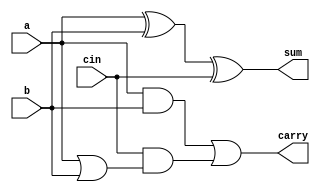
// This program was cloned from: https://github.com/clowdur/HPAM_mul8
// License: MIT License

// Full Adder
// synthesizable
// Oliver Huang and Jared Yoder

module FA (output carry, output sum, input a, input b, input cin);

    // instantiating sum and carry primitives
    assign carry = (a & b) | (cin & (a | b));
    assign sum = (a ^ b ^ cin);
endmodule


// primitive carryOut (output Cout, input A, input B, input Cin);

//     // Truth Table for carry out
//     table
//       // A B Cin    Cout
//          1 1  ?   :  1  ;
//          1 ?  1   :  1  ;
//          ? 1  1   :  1  ;
//          0 0  ?   :  0  ;
//          0 ?  0   :  0  ;
//          ? 0  0   :  0  ;
//     endtable
// endprimitive

// primitive sumOut (output sum, input A, input B, input Cin);

//     // Truth Table for sum
//     table
//       // A B Cin    sum
//          1 1  1   :  1  ;
//          1 0  0   :  1  ;
//          0 1  0   :  1  ;
//          0 0  1   :  1  ;
//          0 0  0   :  0  ;
//          0 1  1   :  0  ;
//          1 0  1   :  0  ;
//          1 1  0   :  0  ;
//     endtable
// endprimitive

// module FA(output Cout, output sum, input A, input B, input Cin);

//     // instantiating sum and carry primitives
//     sumOut s(sum, A, B, Cin);
//     carryOut co(Cout, A, B, Cin);
// endmodule